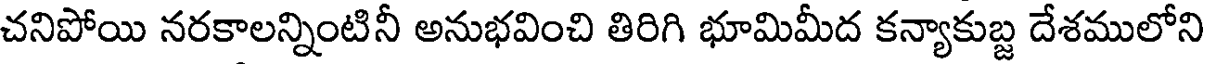
చనిపోయి నరకాలన్నింటినీ అనుభవించి తిరిగి భూమిమీద కన్యాకుబ్జ దేశములోని